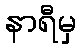
နာရီမှ